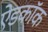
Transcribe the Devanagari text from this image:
ऐडकॉक